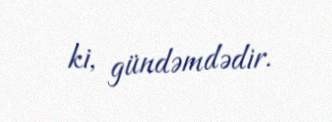
ki, gündəmdədir.